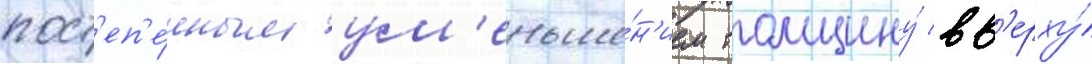
пост'еп'е́нным ум'еньше́н'ием толщину́ вв'ерху́